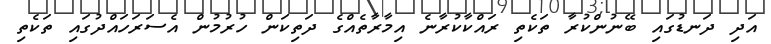
އަދި ދަނޑުގައި ބޭނުންކުރާ ތަކެތި ރައްކާކުރާނެ އިމާރާތެއްގެ ދަތިކަން ހުރުމުން އެސަރަހައްދުގައި ތަކެތި